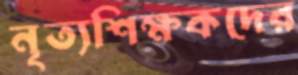
নৃত্যশিক্ষকদের